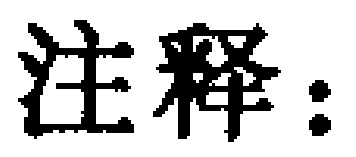
注释：